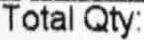
TOTAL QTY: